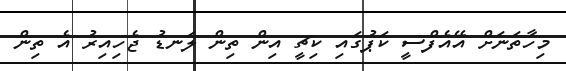
މިހާތަނަށް އޭއެފްސީ ކަޕުގައި ކިޗީ އިން ތިން ލަނޑު ޖެހިއިރު އެ ތިން